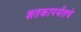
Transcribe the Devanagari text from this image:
शतकापर्यंतचे